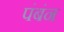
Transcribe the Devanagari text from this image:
पंबंन